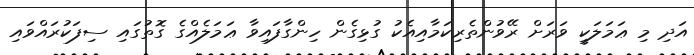
އަދި މި ޢަމަލަކީ ވަރަށް ރޭވުންތެރިކަމާއިއެކު ގުޅިގެން ހިންގާފައިވާ ޢަމަލެއްގެ ގޮތުގައި ސިފަކުރައްވައި